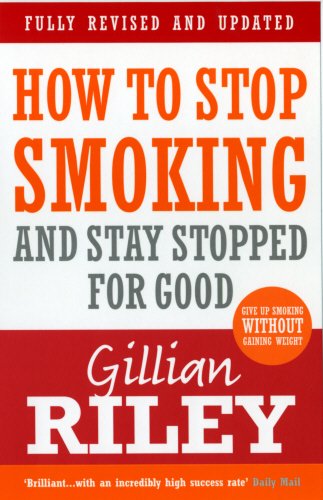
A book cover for How to Stop Smoking and Stay Stopped for Good; Gillian Riley; Health, Fitness & Dieting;